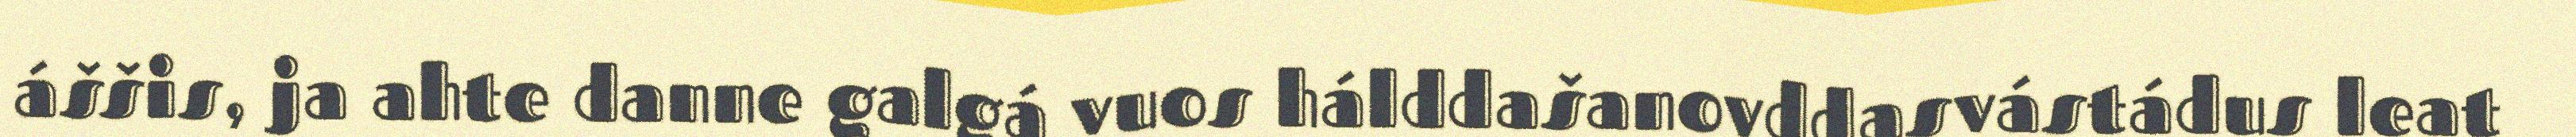
áššis, ja ahte danne galgá vuos hálddašanovddasvástádus leat